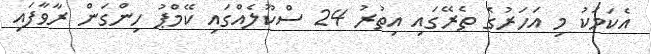
އެކަމަކު މި އަހަރުގެ ތެރޭގައި އިތުރު 24 ސްކޫލެއްގައި ކޭމްޕު ހިންގަން ރާވާފައި